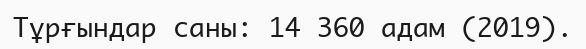
Тұрғындар саны: 14 360 адам (2019).